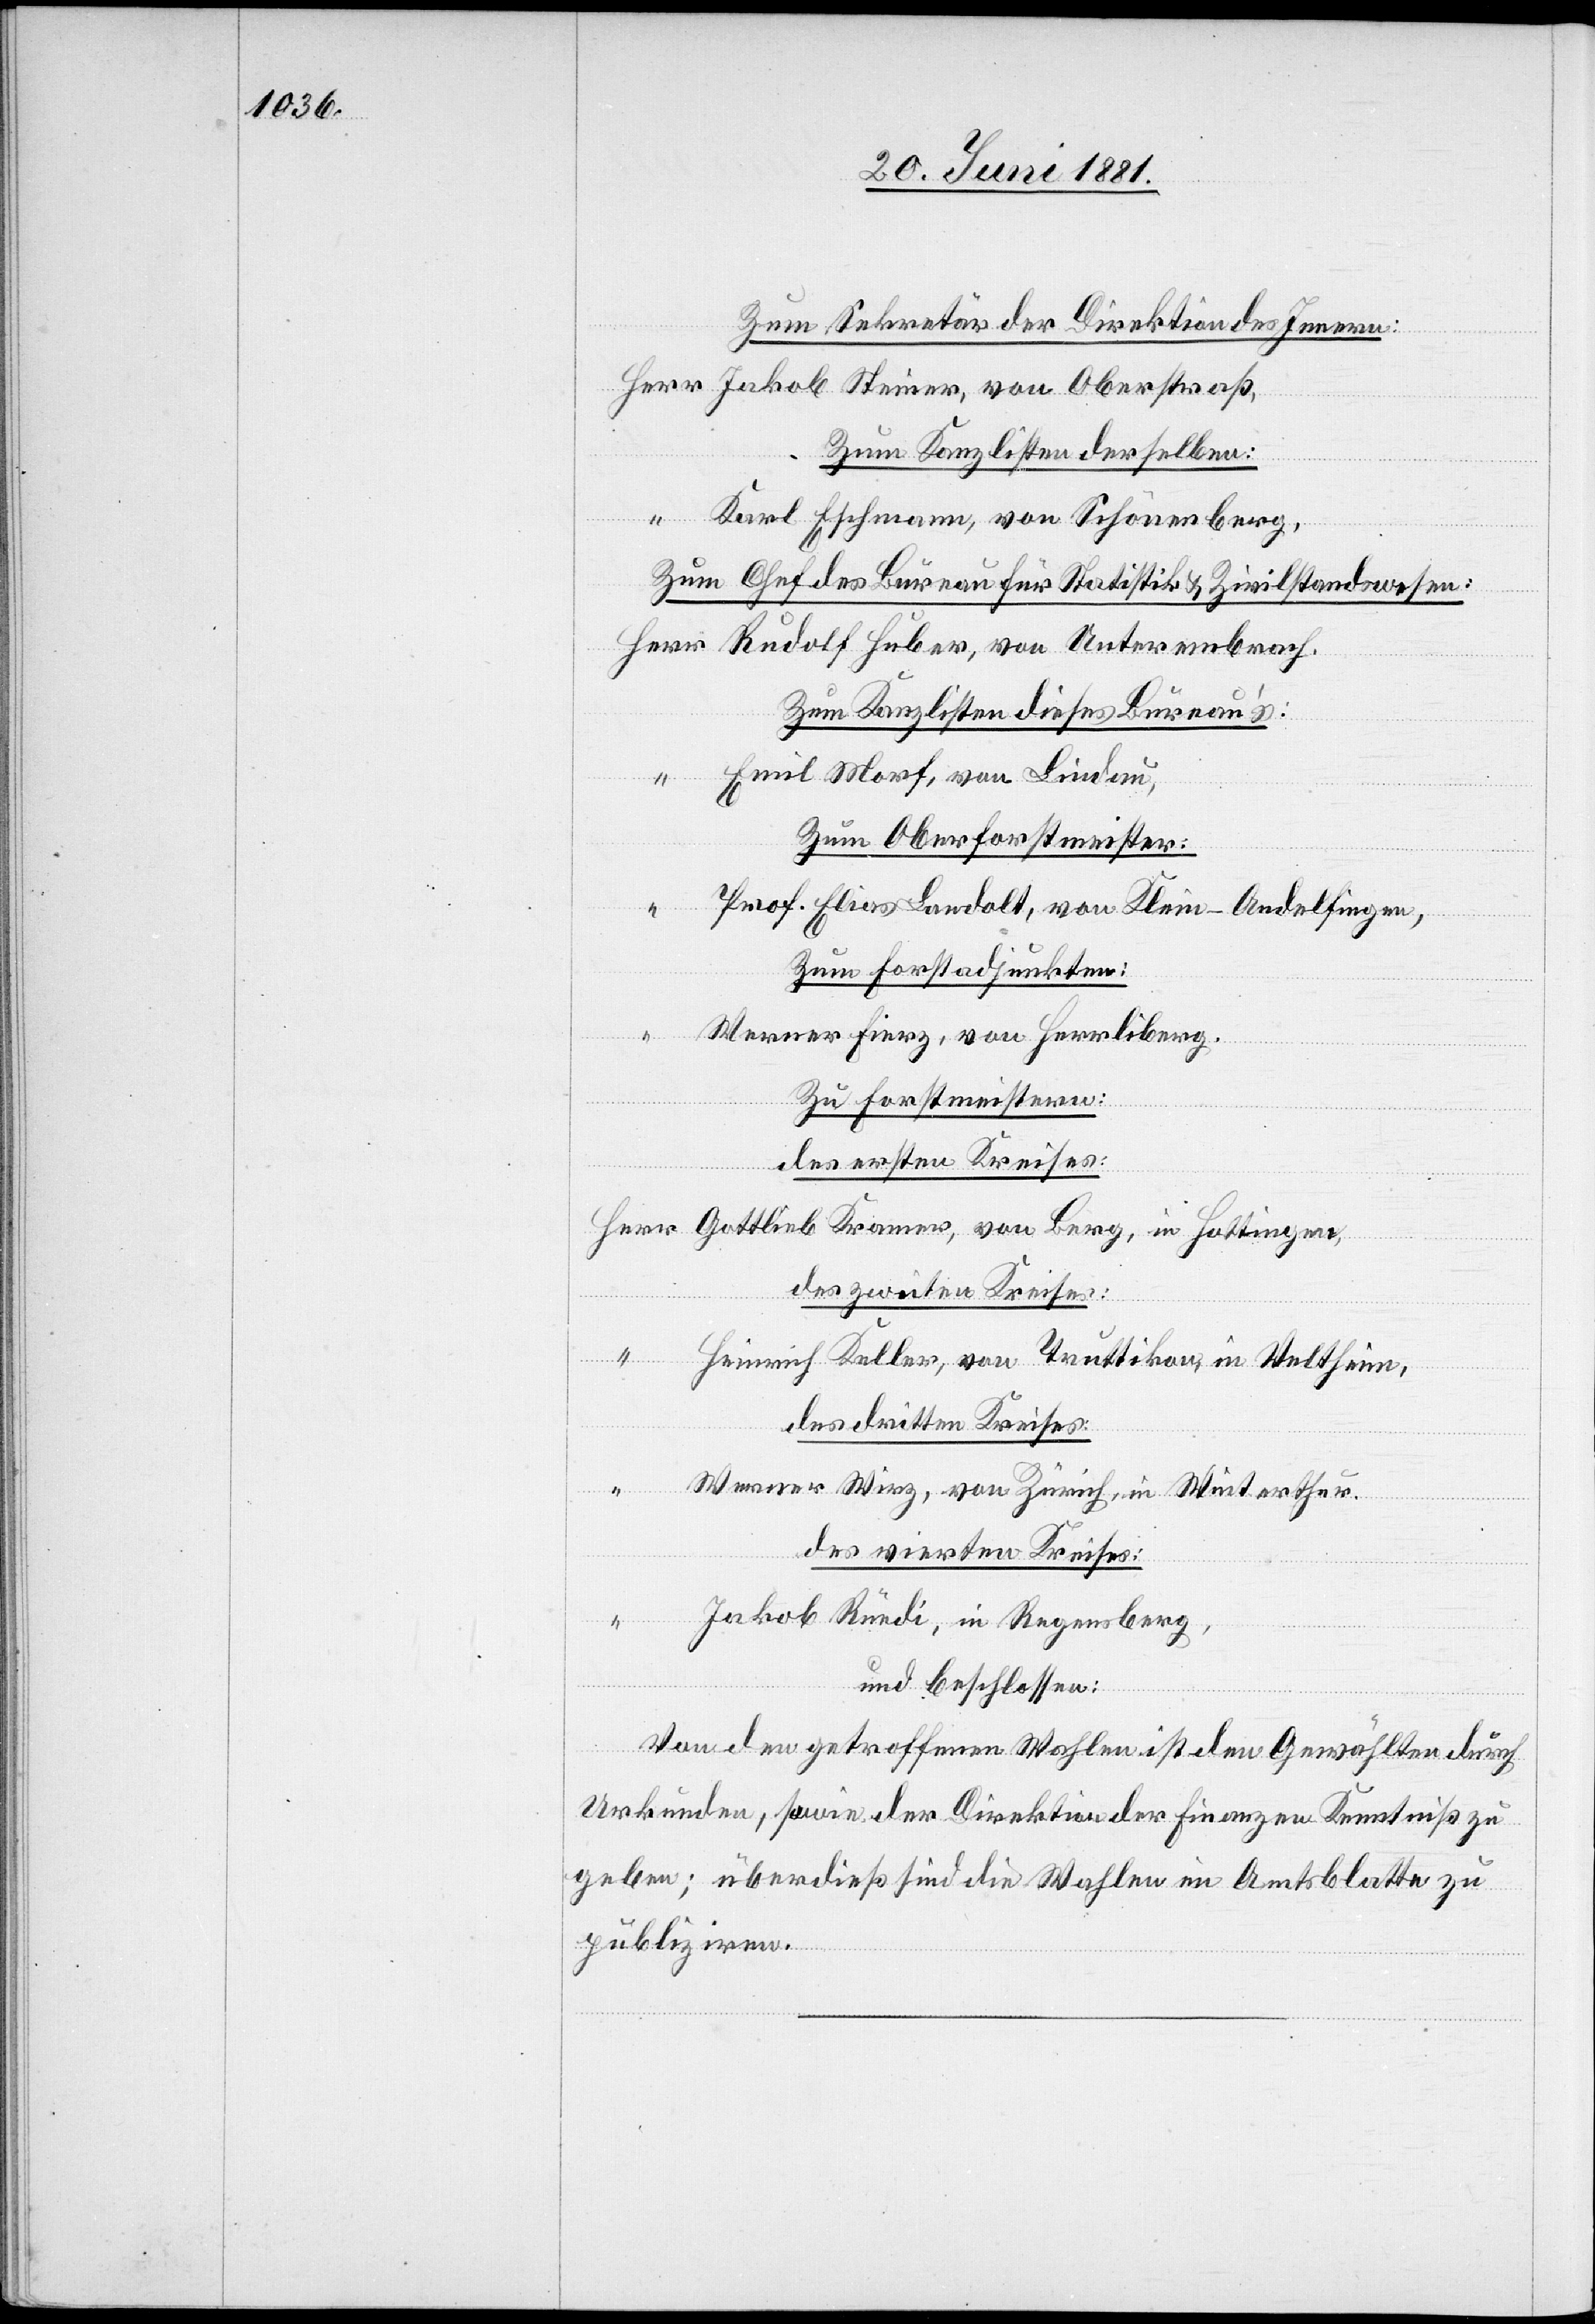
Zum Sekretär der Direktion des Innern:
Herr Jakob Steiner, von Oberstraß,
Zum Kanzlisten derselben:
“ Karl Eschmann, von Schönenberg,
Zum Chef des Bureau für Statistik & Zivilstandswesen:
Herr Rudolf Huber, von Unterembrach.
Zum Kanzlisten dieses Bureaus:
Emil Morf, von Lindau,
Zum Oberforstmeister:
Prof. Elias Landolt, von Klein-Andelfingen,
Zum Forstadjunkten:
Werner Fierz, von Herrliberg.
Zu Forstmeistern
des ersten Kreises:
Herr Gottlieb Kramer, von Berg, in Hottingen
des zweiten Kreises:
“ Heinrich Keller, von Truttikon, in Veltheim,
des dritten Kreises:
“ Werner Wirz, von Zürich, in Winterthur.
des vierten Kreises:
Jakob Rüedi, in Regensberg,
und beschlossen:
Von den getroffenen Wahlen ist den Gewählten durch
Urkunden, sowie der Direktion der Finanzen Kenntniß zu
geben; überdieß sind die Wahlen im Amtsblatte zu
publiziren.